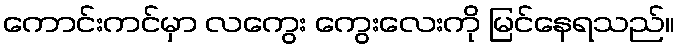
ကောင်းကင်မှာ လကွေး ကွေးလေးကို မြင်နေရသည်။